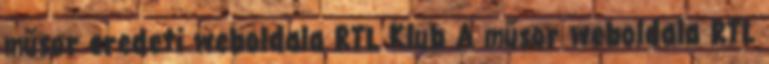
műsor eredeti weboldala RTL Klub A műsor weboldala RTL